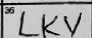
Transcription: LKV